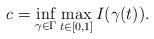
LaTeX: \begin{align*}c=\displaystyle \inf_{\gamma \in \Gamma } \displaystyle \max_{t\in[0, 1]}I(\gamma(t)).\end{align*}